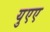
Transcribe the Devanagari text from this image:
युएए